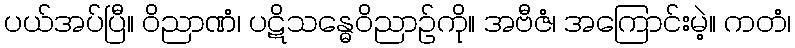
ပယ်အပ်ပြီ။ ဝိညာဏံ၊ ပဋိသန္ဓေဝိညာဉ်ကို။ အဗီဇံ၊ အကြောင်းမဲ့။ ကတံ၊